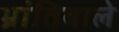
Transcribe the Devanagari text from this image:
भ्रांतिवाले